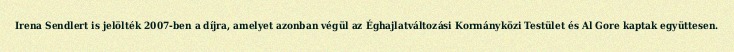
Irena Sendlert is jelölték 2007-ben a díjra, amelyet azonban végül az Éghajlatváltozási Kormányközi Testület és Al Gore kaptak együttesen.